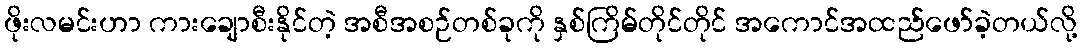
ဖိုးလမင်းဟာ ကားချောစီးနိုင်တဲ့ အစီအစဉ်တစ်ခုကို နှစ်ကြိမ်တိုင်တိုင် အကောင်အထည်ဖော်ခဲ့တယ်လို့